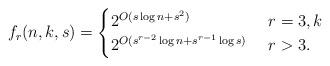
LaTeX: \begin{align*}f_{r}(n,k,s)= \begin{cases} 2^{O(s\log n + s^2)} & \ r=3, k \\ 2^{O(s^{r-2}\log n+s^{r-1}\log s)} & \ r>3. \end{cases}\end{align*}